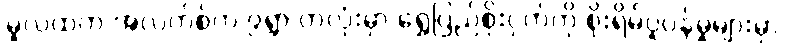
မူလထဲက အဲလက်စ်က ၉ရွာ တလုံးမှာ ရွှေပြည်စိုးငှက်ကို စိုးရိမ်ပူပန်မှုများမှာ